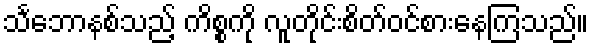
သင်္ဘောနစ်သည့် ကိစ္စကို လူတိုင်းစိတ်ဝင်စားနေကြသည်။